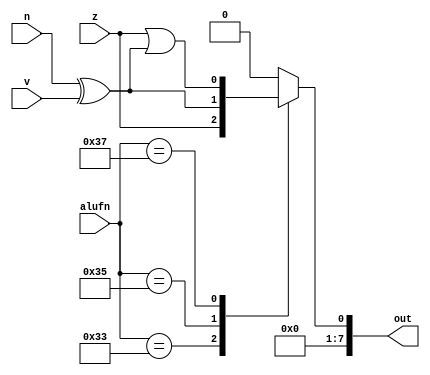
/*
   This file was generated automatically by the Mojo IDE version B1.3.6.
   Do not edit this file directly. Instead edit the original Lucid source.
   This is a temporary file and any changes made to it will be destroyed.
*/

module compare_21 (
    input [5:0] alufn,
    input z,
    input v,
    input n,
    output reg [7:0] out
  );
  
  
  
  always @* begin
    out = 8'h00;
    
    case (alufn)
      6'h33: begin
        out[0+0-:1] = z;
      end
      6'h35: begin
        out = n ^ v;
      end
      6'h37: begin
        out = z | (n ^ v);
      end
    endcase
  end
endmodule